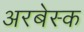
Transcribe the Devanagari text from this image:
अरबेस्क